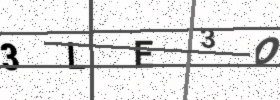
Text: 3LE3O